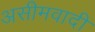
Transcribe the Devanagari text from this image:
असीमवादी